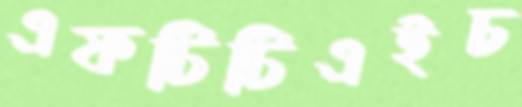
এফটিটিএইচ